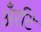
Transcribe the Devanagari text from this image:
अँरटि